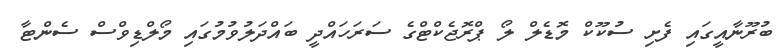
ބުރޫނާއީގައި ފެށި ސުކޫކް މޮޑެލް ލޯ ޕްރޮޖެކްޓްގެ ސަރަހައްދީ ބައްދަލުވުމުގައި މޯލްޑިވްސް ސެންޓާ